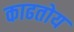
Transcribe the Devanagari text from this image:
काढतोय